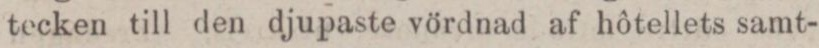
tecken till den djupaste vördnad af hôtellets samt-